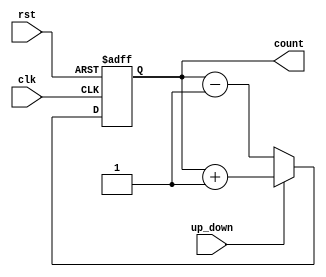
`timescale 1ns / 1ps
//////////////////////////////////////////////////////////////////////////////////
// Company: 
// Engineer: 
// 
// Design Name: 
// Module Name: FOURBITASY_UPDOWN
// Project Name: 
// Target Devices: 
// Tool Versions: 
// Description: 
// 
// Dependencies: 
// 
// Revision:
// Revision 0.01 - File Created
// Additional Comments:
// 
//////////////////////////////////////////////////////////////////////////////////


module FOURBITASY_UPDOWN (input clk,rst,up_down,output reg [3:0] count);
  always@(posedge clk or posedge rst)begin
  if(rst)
    count <= 4'b0000;
  else
    if(up_down)
     count <= count+1;
    else
      count <= count-1;
  end
endmodule